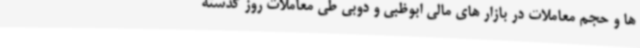
ها و حجم معاملات در بازار های مالی ابوظبی و دوبی طی معاملات روز گذشته